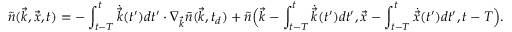
\tilde { n } ( \vec { k } , \vec { x } , t ) = - \int _ { t - T } ^ { t } \dot { \vec { k } } ( t ^ { \prime } ) d t ^ { \prime } \cdot \nabla _ { \vec { k } } \bar { n } ( \vec { k } , t _ { d } ) + \tilde { n } \Big ( \vec { k } - \int _ { t - T } ^ { t } \dot { \vec { k } } ( t ^ { \prime } ) d t ^ { \prime } , \vec { x } - \int _ { t - T } ^ { t } \dot { \vec { x } } ( t ^ { \prime } ) d t ^ { \prime } , t - T \Big ) .